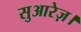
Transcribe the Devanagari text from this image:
सुआरेज़।